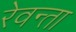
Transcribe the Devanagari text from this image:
रेवन्ता